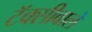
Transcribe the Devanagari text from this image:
टॅक्सीवाले